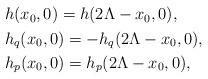
LaTeX: \begin{align*}\begin{aligned} &h(x_0,0)=h(2\Lambda-x_0,0),\\ &h_q(x_0,0)=-h_q(2\Lambda-x_0,0), \\ &h_p(x_0,0)=h_p(2\Lambda-x_0,0), \end{aligned}\end{align*}